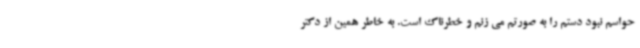
حواسم نبود دستم را به صورتم می زنم و خطرناک است. به خاطر همین از دکتر